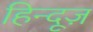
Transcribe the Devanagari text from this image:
हिन्दूज़